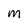
Character: M